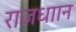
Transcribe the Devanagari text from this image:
राजधाान